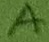
Text: A